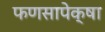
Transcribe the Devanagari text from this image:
फणसापेक्षा